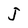
Character: j